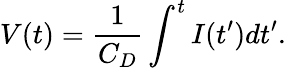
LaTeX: V(t)=\frac{1}{C_{D}}\int^{t}I(t^{\prime})dt^{\prime}.